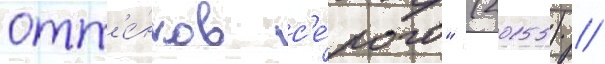
отт'е́нков с'е́рого" (2015) //